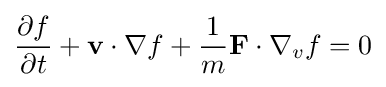
{\frac {\partial f}{\partial t}}+\mathbf {v} \cdot \nabla f+{\frac {1}{m}}\mathbf {F} \cdot \nabla _{v}f=0